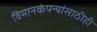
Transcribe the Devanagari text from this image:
विमानकंपन्यांसाठीही